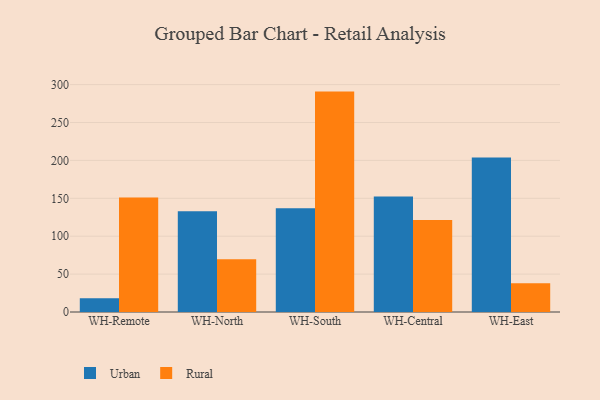
{"axis": {"x": "Warehouse", "y": "Operating Costs (USD K)"}, "legend": ["Rural", "Urban"], "data": [{"x": "WH-Remote", "y": 18.0, "type": "Urban"}, {"x": "WH-Remote", "y": 151.2, "type": "Rural"}, {"x": "WH-North", "y": 132.8, "type": "Urban"}, {"x": "WH-North", "y": 69.7, "type": "Rural"}, {"x": "WH-South", "y": 136.8, "type": "Urban"}, {"x": "WH-South", "y": 290.8, "type": "Rural"}, {"x": "WH-Central", "y": 152.4, "type": "Urban"}, {"x": "WH-Central", "y": 121.5, "type": "Rural"}, {"x": "WH-East", "y": 203.9, "type": "Urban"}, {"x": "WH-East", "y": 37.8, "type": "Rural"}]}